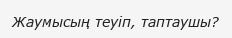
Жаумысың теуіп, таптаушы?